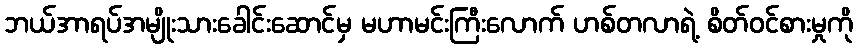
ဘယ်အာရပ်အမျိုးသားခေါင်းဆောင်မှ မဟာမင်းကြီးလောက် ဟစ်တလာရဲ့ စိတ်ဝင်စားမှုကို